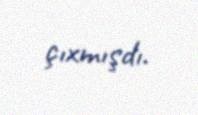
çıxmışdı.